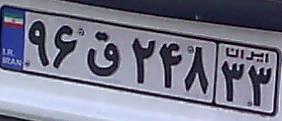
۹۶ق۲۴۸۳۳